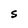
Character: S